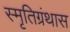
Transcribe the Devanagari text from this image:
स्मृतिग्रंथास